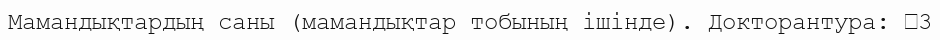
Мамандықтардың саны (мамандықтар тобының ішінде). Докторантура: 	3